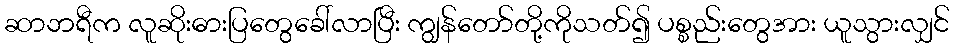
ဆာဘရီက လူဆိုးဓားပြတွေခေါ်လာပြီး ကျွန်တော်တို့ကိုသတ်၍ ပစ္စည်းတွေအား ယူသွားလျှင်